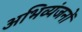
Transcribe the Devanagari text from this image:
अभिव्यंजनों